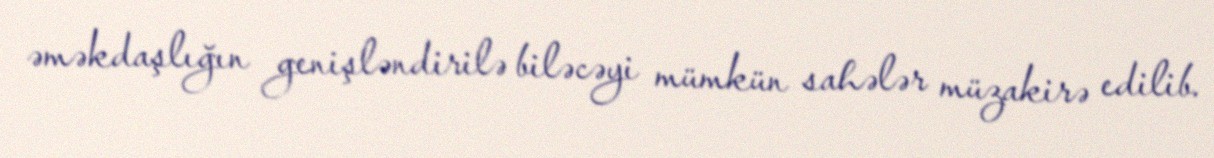
əməkdaşlığın genişləndirilə biləcəyi mümkün sahələr müzakirə edilib.